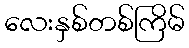
လေးနှစ်တစ်ကြိမ်